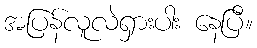
အပြန်လူလဲရှားပါး နေပြီ။